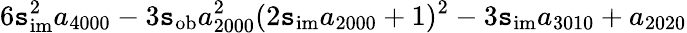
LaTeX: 6\mathtt{s}_{\mathrm{{im}}}^{2}a_{4000}-3\mathtt{s}_{\mathrm{{ob}}}a_{2000}^{2}(2\mathtt{s}_{\mathrm{{im}}}a_{2000}+1)^{2}-3\mathtt{s}_{\mathrm{{im}}}a_{3010}+a_{2020}